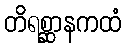
တိရစ္ဆာနကထံ